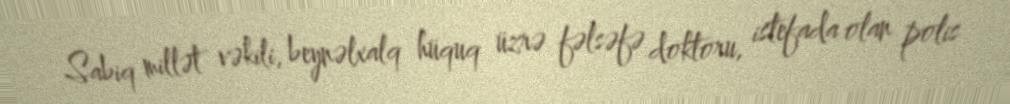
Sabiq millət vəkili, beynəlxalq hüquq üzrə fəlsəfə doktoru, istefada olan polis